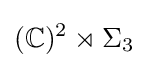
(\mathbb {C} )^{2}\rtimes \Sigma _{3}